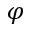
\varphi